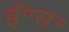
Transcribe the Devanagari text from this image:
ई॰स॰